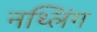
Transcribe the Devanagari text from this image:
नथ्लिंग